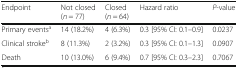
| Endpoint | Not closed(n = 77) | Closed(n = 64) | Hazard ratio | P-value |
 | --- | --- | --- | --- | --- |
 | Primary eventsa | 14 (18.2%) | 4 (6.3%) | 0.3 [95% CI: 0.1–0.9] | 0.0237 |
 | Clinical strokeb | 8 (11.3%) | 2 (3.2%) | 0.3 [95% CI: 0.1–1.3] | 0.0907 |
 | Death | 10 (13.0%) | 6 (9.4%) | 0.7 [95% CI: 0.3–2.3] | 0.7067 |